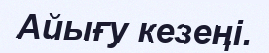
Айығу кезеңі.